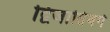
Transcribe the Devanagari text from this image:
द्विजातिवर्ग